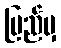
ပြည်မှ